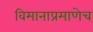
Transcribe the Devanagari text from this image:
विमानाप्रमाणेच